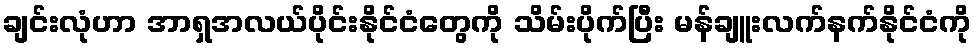
ချင်းလုံဟာ အာရှအလယ်ပိုင်းနိုင်ငံတွေကို သိမ်းပိုက်ပြီး မန်ချူးလက်နက်နိုင်ငံကို